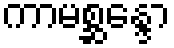
ကာမစ္ဆန္ဒော